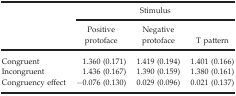
<table><thead><tr><td rowspan="2"></td><td colspan="3"><b>Stimulus</b></td></tr><tr><td><b>Positive protoface</b></td><td><b>Negative protoface</b></td><td><b>T pattern</b></td></tr></thead><tbody><tr><td>Congruent</td><td>1.360 (0.171)</td><td>1.419 (0.194)</td><td>1.401 (0.166)</td></tr><tr><td>Incongruent</td><td>1.436 (0.167)</td><td>1.390 (0.159)</td><td>1.380 (0.161)</td></tr><tr><td>Congruency effect</td><td>−0.076 (0.130)</td><td>0.029 (0.096)</td><td>0.021 (0.137)</td></tr></tbody></table>